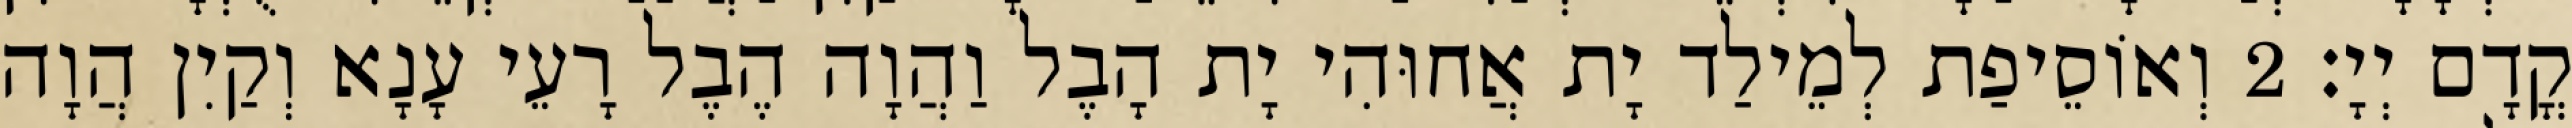
קֳדָם יְיָ׃ 2 וְאוֹסֵיפַת לְמֵילַד יָת אֲחוּהִי יָת הָבֶל וַהֲוָה הֶבֶל רָעֵי עָנָא וְקַיִן הֲוָה